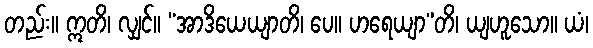
တည်း။ ဣတိ၊ လျှင်။ “အာဒိယေယျာတိ၊ ပေ။ ဟရေယျာ”တိ၊ ယျဟူသော။ ယံ၊